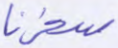
سخرنا